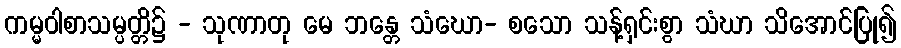
ကမ္မဝါစာသမ္ပတ္တိ၌ - သုဏာတု မေ ဘန္တေ သံဃော- စသော သန့်ရှင်းစွာ သံဃာ သိအောင်ပြု၍